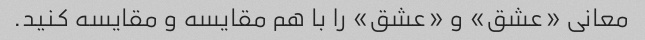
معانی «عشق» و «عشق» را با هم مقایسه و مقایسه کنید.